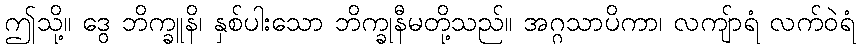
ဤသို့။ ဒွေ ဘိက္ခူနိ၊ နှစ်ပါးသော ဘိက္ခုနီမတို့သည်။ အဂ္ဂသာပိကာ၊ လကျ်ာရံ လက်ဝဲရံ